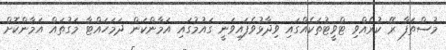
މުސްތަފާ ރޭ ކުރެއްވި ޓްވީޓުތަކެއްގައި ވިދާޅުވެފައިވަނީ ގައުމުގައި އަމާންކަން ދަމަހައްޓާ މަގުތައް އަމާންކޮށް